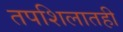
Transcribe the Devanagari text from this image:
तपशिलातही